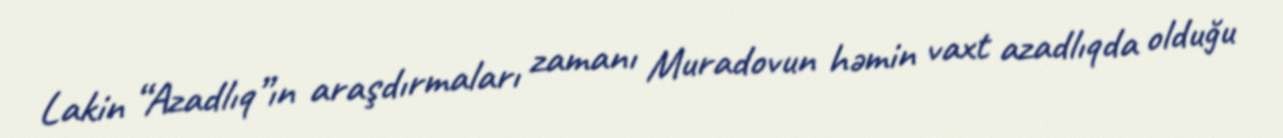
Lakin “Azadlıq”ın araşdırmaları zamanı Muradovun həmin vaxt azadlıqda olduğu